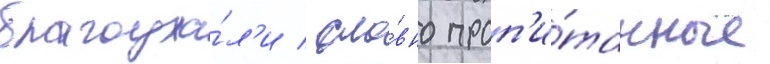
благоуха́л'и / сло́вно проп'и́танные